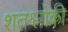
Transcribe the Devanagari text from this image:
शतश्लोकी